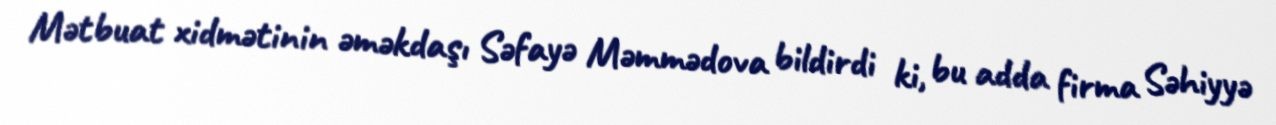
Mətbuat xidmətinin əməkdaşı Səfayə Məmmədova bildirdi ki, bu adda firma Səhiyyə